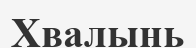
Хвалынь